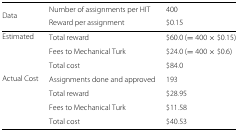
<table><thead><tr><td><b>Data</b></td><td><b>Number of assignments per HIT</b></td><td><b>400</b></td></tr><tr><td></td><td><b>Reward per assignment</b></td><td><b>$0.15</b></td></tr></thead><tbody><tr><td>Estimated</td><td>Total reward</td><td>$60.0 (=400×<i>$</i>0.15)</td></tr><tr><td></td><td>Fees to Mechanical Turk</td><td>$24.0 (=400×<i>$</i>0.6)</td></tr><tr><td></td><td>Total cost</td><td>$84.0</td></tr><tr><td>Actual Cost</td><td>Assignments done and approved</td><td>193</td></tr><tr><td></td><td>Total reward</td><td>$28.95</td></tr><tr><td></td><td>Fees to Mechanical Turk</td><td>$11.58</td></tr><tr><td></td><td>Total cost</td><td>$40.53</td></tr></tbody></table>